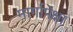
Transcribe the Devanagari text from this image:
मार्गापेक्षा